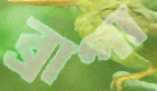
ব্রাগা